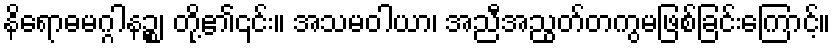
နိရောဓမဂ္ဂါနဉ္စ၊ တို့၏၎င်း။ အသမဝါယာ၊ အညီအညွတ်တကွမဖြစ်ခြင်းကြောင့်။